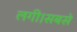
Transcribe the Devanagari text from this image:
लगी।सबसे